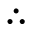
\therefore